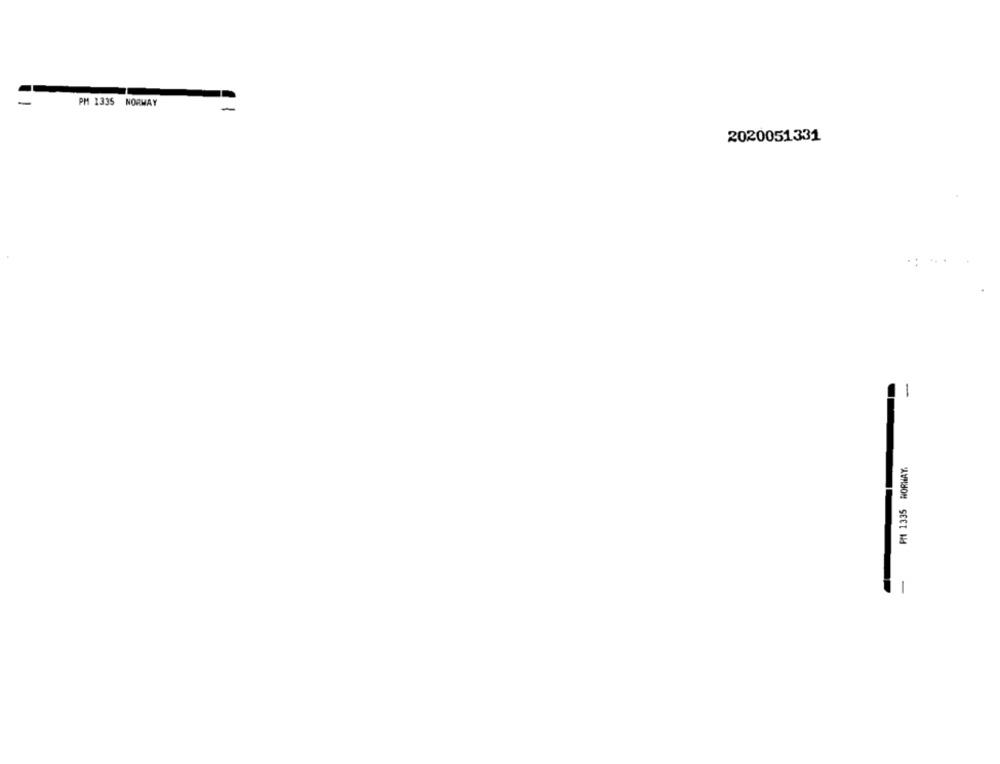
PM 1335 NORWAY
2020051331
-
Pf 1335 NORWAY.
-